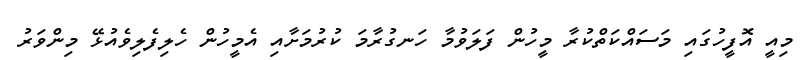
މިއީ އޮފީހުގައި މަސައްކަތްކުރާ މީހުން ފަލަވުމާ ހަނގުރާމަ ކުރުމަށާއި އެމީހުން ހެލިފެލިވެއުޅޭ މިންވަރު